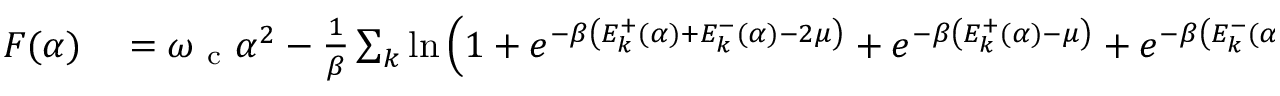
\begin{array} { r l } { F ( \alpha ) } & { { } = \omega _ { \mathrm { ~ c ~ } } \alpha ^ { 2 } - \frac { 1 } { \beta } \sum _ { k } \ln \left( 1 + e ^ { - \beta \left( E _ { k } ^ { + } ( \alpha ) + E _ { k } ^ { - } ( \alpha ) - 2 \mu \right) } + e ^ { - \beta \left( E _ { k } ^ { + } ( \alpha ) - \mu \right) } + e ^ { - \beta \left( E _ { k } ^ { - } ( \alpha ) - \mu \right) } \right) } \end{array}